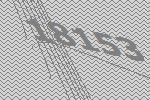
18153